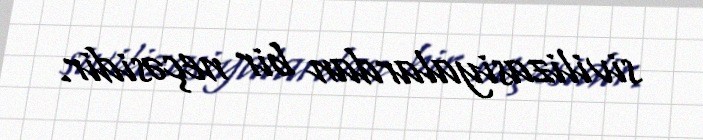
sivilizasiyalardan bir neçəsidir.